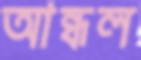
আন্ধল